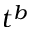
t ^ { b }